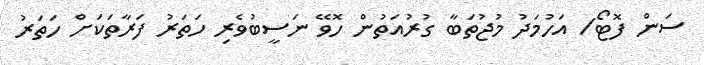
ސަން ފޮޓޯ/ އަހުމަދު މުޖުތަބާ ގުރުއަތުން ހޮވޭ ނަސީބުވެރި ހަތަރު ފަރާތަކަށް ހަތަރު